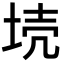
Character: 𡋼